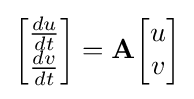
{\begin{bmatrix}{\frac {du}{dt}}\\{\frac {dv}{dt}}\end{bmatrix}}=\mathbf {A} {\begin{bmatrix}u\\v\end{bmatrix}}